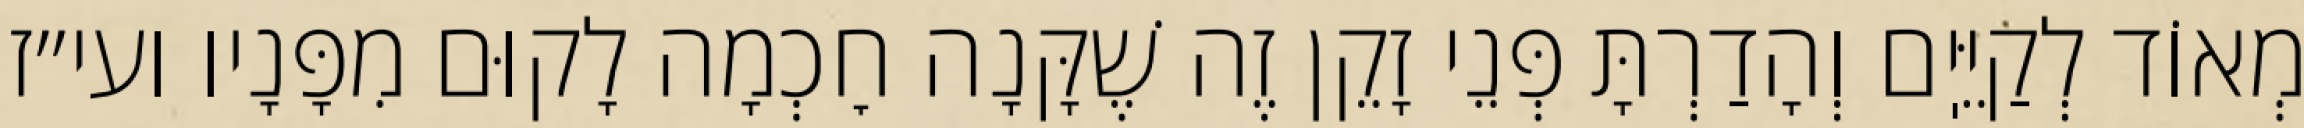
מְאוֹד לְקַיֵּיֽם וְהָדַרְתָּ פְּנֵי זָקֵן זֶה שֶׁקָּנָה חׇכְמָה לָקוּם מִפָּנָיו ועי״ז